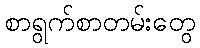
စာရွက်စာတမ်းတွေ